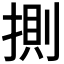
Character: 𢯩